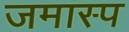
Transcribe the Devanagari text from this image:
जमास्प